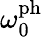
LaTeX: \omega_{0}^{\mathrm{ph}}